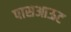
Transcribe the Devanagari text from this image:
पासआऊट